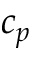
c _ { p }